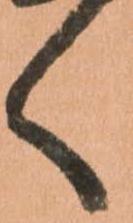
く